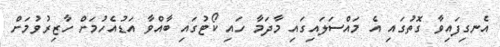
އެނގިފައިވާ ގޮތުގައި އެ މައްސަލައިގައި މާދަމާ ހައި ކޯޓުގައި ބާއްވާ އަޑުއެހުމަށް ހާޒިރުވުމަށް